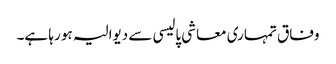
وفاق تمہاری معاشی پالیسی سے دیوالیہ ہو رہا ہے۔